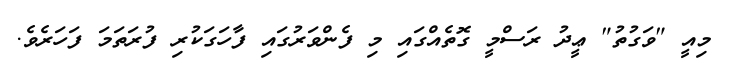
މިއީ "ވަގުތު" ޢީދު ރަސްމީ ގޮތެއްގައި މި ފެންވަރުގައި ފާހަގަކުރި ފުރަތަމަ ފަހަރެވެ.